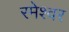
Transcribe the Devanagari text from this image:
रमेश्वर